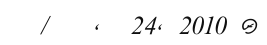
/